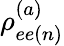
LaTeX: \rho_{ee(n)}^{(a)}